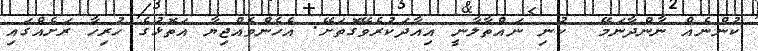
ކުންނެއް ނާންދާނަމޭ  ކުނި ނައްތާލާނީ އިއާދަކުރެވޭގޮތަށޭ. އެހެންވެއްޖިޔާ އަތޮޅުގެ ހުރިހާ ރަށެއްގައި